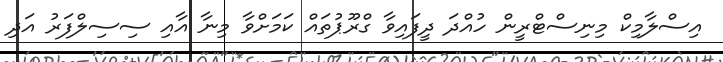
އިސްލާމިކް މިނިސްޓްރީން ހުއްދަ ދީފައިވާ ގްރޫޕުތައް ކަމަށްވާ މިނާ އާއި ސިސިލްފަރު އަދި